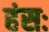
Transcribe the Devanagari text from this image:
हंसः